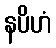
နပိဟံ